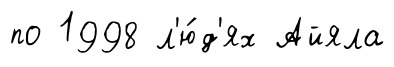
по 1998 л'ю́д'ях Айяла